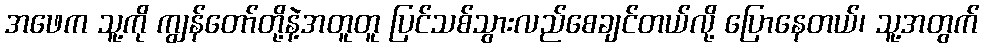
အဖေက သူ့ကို ကျွန်တော်တို့နဲ့အတူတူ ပြင်သစ်သွားလည်စေချင်တယ်လို့ ပြောနေတယ်၊ သူ့အတွက်